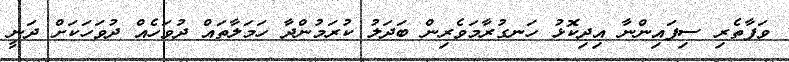
ވަފާތެރި ސިފައިންނާ އިދިކޮޅު ހަނގުރާމަވެރިން ބަދަލު ކުރަމުންދާ ހަމަލާތައް ދުވަހެއް ދުވަހަކަށް ދަނީ